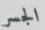
الجسر